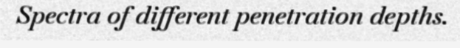
Spectra of different penetration depths.